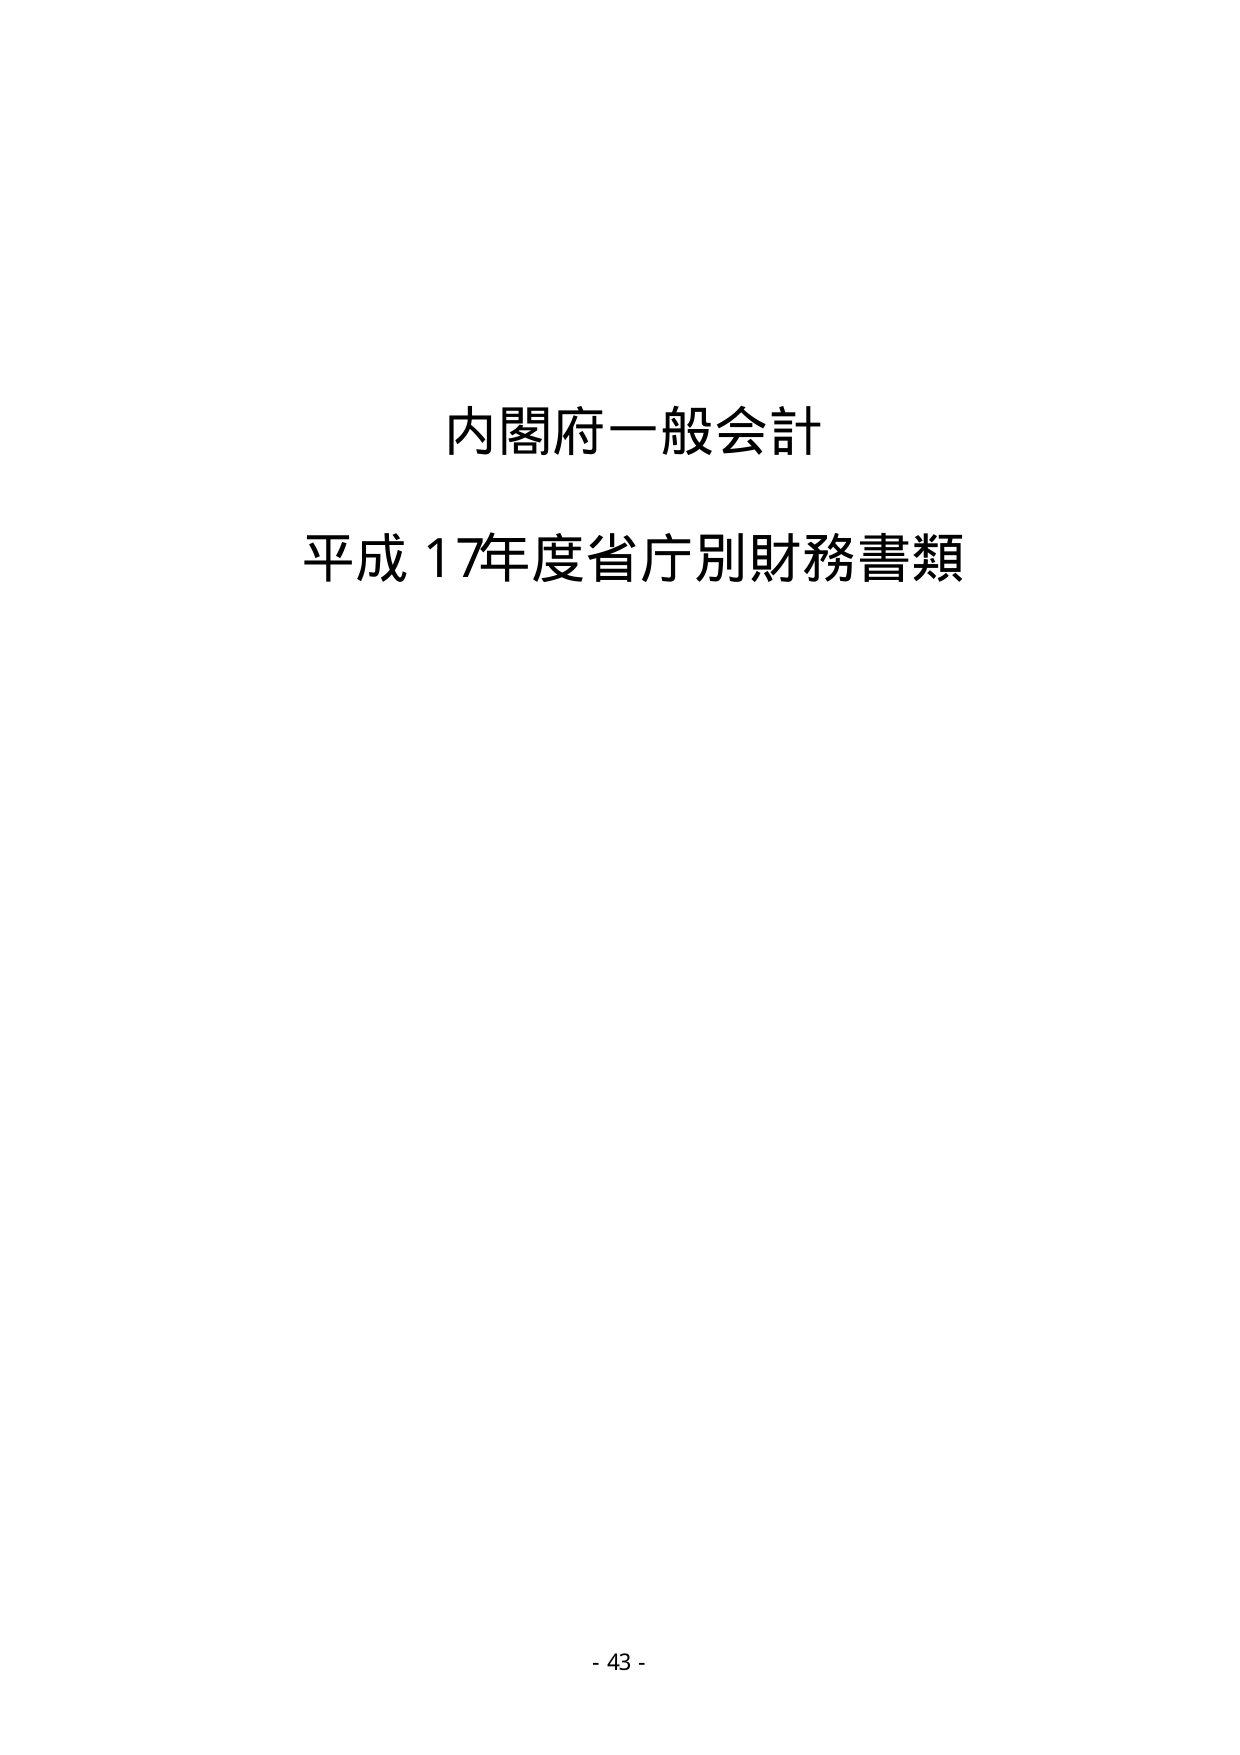
内閣府一般会計
平成17年度省庁別財務書類
- 43 -